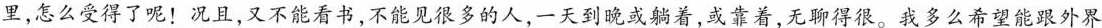
里，怎么受得了呢！况且，又不能看书，不他见很多的人，一天到晚或躺着，或靠着，无聊得很。我多么希望能跟外界